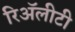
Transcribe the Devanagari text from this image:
रिॲलीटी